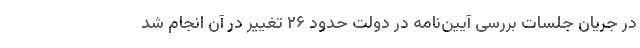
در جریان جلسات بررسی آیین‌نامه در دولت حدود ۲۶ تغییر در آن انجام شد